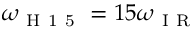
\omega _ { \mathrm { ~ H ~ 1 ~ 5 ~ } } = 1 5 \omega _ { \mathrm { ~ I ~ R ~ } }